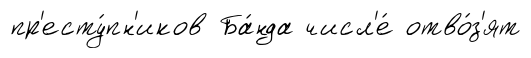
пр'есту́пн'иков Ба́нда числ'е́ отво́з'ят